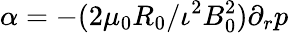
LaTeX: \alpha=-(2\mu_{0}R_{0}/\iota^{2}B_{0}^{2})\partial_{r}p